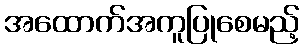
အထောက်အကူပြုစေမည့်